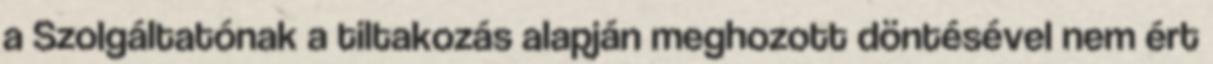
a Szolgáltatónak a tiltakozás alapján meghozott döntésével nem ért